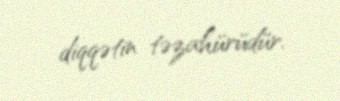
diqqətin təzahürüdür.